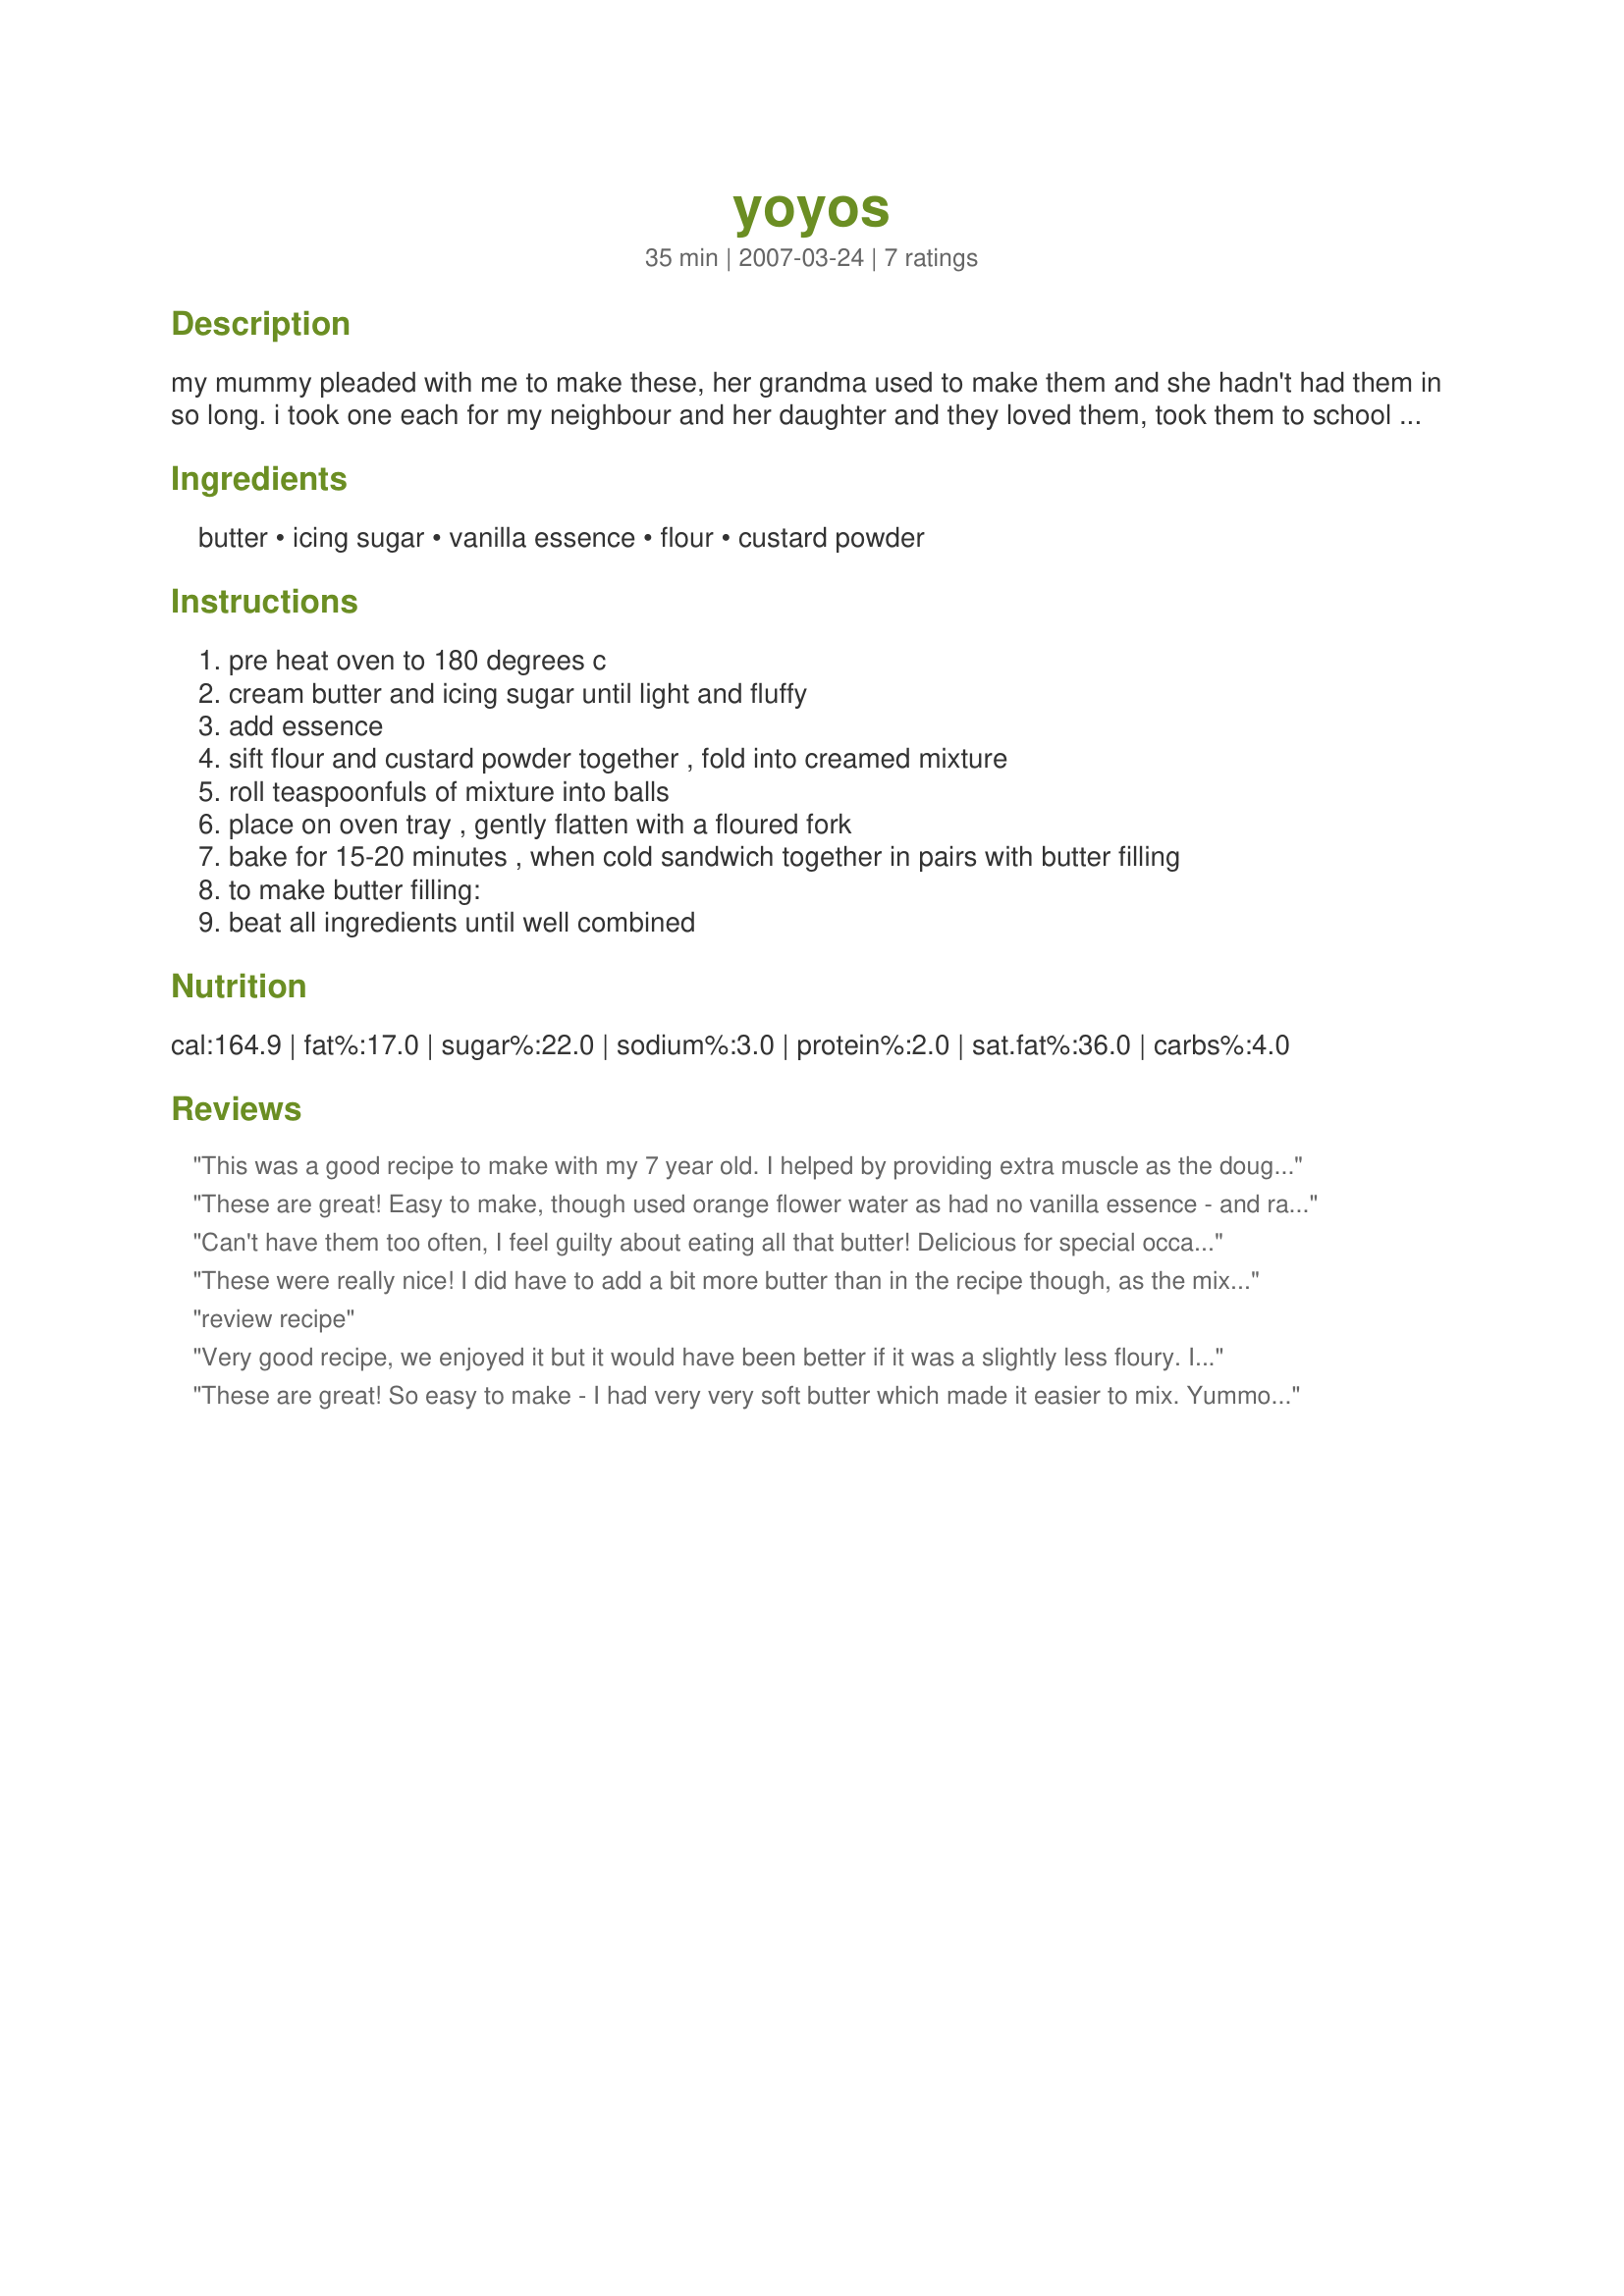
yoyos
Preparation time: 35 minutes

my mummy pleaded with me to make these, her grandma used to make them and she hadn't had them in so long. i took one each for my neighbour and her daughter and they loved them, took them to school and my friends demolished them and it was a fight over the last one. these are a true kiwi recipe, out of the edmonds cookbook

Ingredients:
butter, icing sugar, vanilla essence, flour, custard powder

Steps:
pre heat oven to 180 degrees c
cream butter and icing sugar until light and fluffy
add essence
sift flour and custard powder together , fold into creamed mixture
roll teaspoonfuls of mixture into balls
place on oven tray , gently flatten with a floured fork
bake for 15-20 minutes , when cold sandwich together in pairs with butter filling
to make butter filling:
beat all ingredients until well combined

Reviews:
This was a good recipe to make with my 7 year old. I helped by providing extra muscle as the dough must be creamed properly. Well worth the effort.
These are great! Easy to make, though used orange flower water as had no vanilla essence - and ran out of icing sugar so no filling. Still, twice as many to make up for it! Will definately make these again - thank you!
Can't have them too often, I feel guilty about eating all that butter! Delicious for special occasions. I added a few drops of water to make it less crumbly.
These were really nice! I did have to add a bit more butter than in the recipe though, as the mix was very crumbly.
review recipe
Very good recipe, we enjoyed it but it would have been better if it was a slightly less floury. I did flatten gently as per the instructions, but I do feel these cookies could benefit from being flattened even more than you suggest, as texturally, they don't work that well when they are that thick. Very nice subtle flavor of the custard powder and goes quite well with my coffee. Ps. These tasted so much better the next day for some reason, we really enjoyed it, and it's worth 4, not 3 stars, so I am changing my review.
These are great! So easy to make - I had very very soft butter which made it easier to mix. Yummo! Will need to go for a long run now to work them off!!
